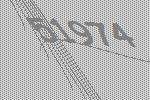
51974